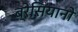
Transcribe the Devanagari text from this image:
ब्रेसियानो